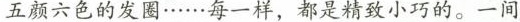
五颜六色的发圈......每一样，都是精致小巧的。一间